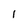
Character: 1